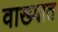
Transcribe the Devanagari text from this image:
वाख्यात